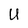
Character: U